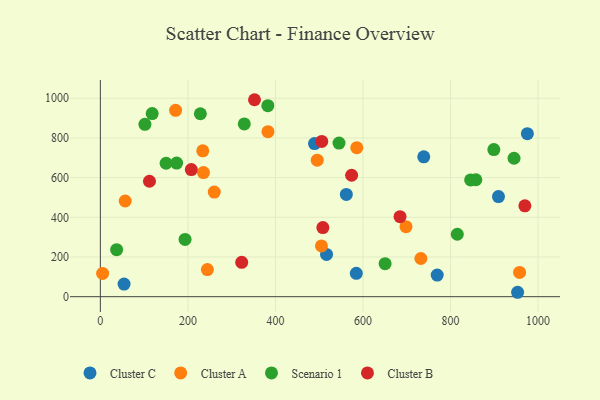
{"axis": {"x": "Engine Size", "y": "Profit"}, "legend": ["Cluster A", "Cluster B", "Cluster C", "Scenario 1"], "data": [{"x": "975.5", "y": 821.6, "type": "Cluster C"}, {"x": "738.8", "y": 704.6, "type": "Cluster C"}, {"x": "561.9", "y": 515.3, "type": "Cluster C"}, {"x": "584.7", "y": 117.5, "type": "Cluster C"}, {"x": "953.2", "y": 22.2, "type": "Cluster C"}, {"x": "909.5", "y": 504.7, "type": "Cluster C"}, {"x": "516.7", "y": 213.0, "type": "Cluster C"}, {"x": "54.2", "y": 63.4, "type": "Cluster C"}, {"x": "769.5", "y": 108.9, "type": "Cluster C"}, {"x": "489.2", "y": 771.5, "type": "Cluster C"}, {"x": "235.6", "y": 625.7, "type": "Cluster A"}, {"x": "732.2", "y": 192.4, "type": "Cluster A"}, {"x": "698.2", "y": 352.6, "type": "Cluster A"}, {"x": "56.8", "y": 482.3, "type": "Cluster A"}, {"x": "957.7", "y": 122.4, "type": "Cluster A"}, {"x": "5.2", "y": 117.3, "type": "Cluster A"}, {"x": "505.1", "y": 255.9, "type": "Cluster A"}, {"x": "244.5", "y": 136.7, "type": "Cluster A"}, {"x": "234.0", "y": 735.2, "type": "Cluster A"}, {"x": "495.5", "y": 688.0, "type": "Cluster A"}, {"x": "585.8", "y": 751.0, "type": "Cluster A"}, {"x": "171.9", "y": 939.0, "type": "Cluster A"}, {"x": "382.9", "y": 831.7, "type": "Cluster A"}, {"x": "260.2", "y": 527.1, "type": "Cluster A"}, {"x": "945.0", "y": 697.6, "type": "Scenario 1"}, {"x": "815.4", "y": 314.7, "type": "Scenario 1"}, {"x": "193.5", "y": 288.8, "type": "Scenario 1"}, {"x": "101.8", "y": 868.6, "type": "Scenario 1"}, {"x": "857.8", "y": 589.4, "type": "Scenario 1"}, {"x": "328.8", "y": 870.6, "type": "Scenario 1"}, {"x": "37.2", "y": 237.1, "type": "Scenario 1"}, {"x": "650.5", "y": 166.3, "type": "Scenario 1"}, {"x": "228.5", "y": 922.0, "type": "Scenario 1"}, {"x": "150.2", "y": 672.4, "type": "Scenario 1"}, {"x": "898.9", "y": 741.4, "type": "Scenario 1"}, {"x": "174.3", "y": 673.5, "type": "Scenario 1"}, {"x": "382.6", "y": 962.8, "type": "Scenario 1"}, {"x": "118.4", "y": 922.8, "type": "Scenario 1"}, {"x": "545.2", "y": 774.3, "type": "Scenario 1"}, {"x": "845.9", "y": 588.2, "type": "Scenario 1"}, {"x": "505.8", "y": 782.4, "type": "Cluster B"}, {"x": "352.2", "y": 992.6, "type": "Cluster B"}, {"x": "508.3", "y": 348.5, "type": "Cluster B"}, {"x": "207.8", "y": 640.5, "type": "Cluster B"}, {"x": "574.0", "y": 611.9, "type": "Cluster B"}, {"x": "684.6", "y": 403.4, "type": "Cluster B"}, {"x": "969.8", "y": 458.1, "type": "Cluster B"}, {"x": "322.9", "y": 173.1, "type": "Cluster B"}, {"x": "112.2", "y": 581.7, "type": "Cluster B"}]}